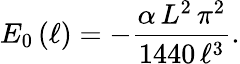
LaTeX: E_{0}\left(\ell\right)=-\frac{\alpha\, L^{2}\, \pi^{2}}{1440\, \ell^{3}}.